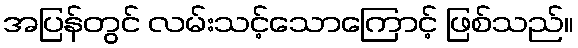
အပြန်တွင် လမ်းသင့်သောကြောင့် ဖြစ်သည်။